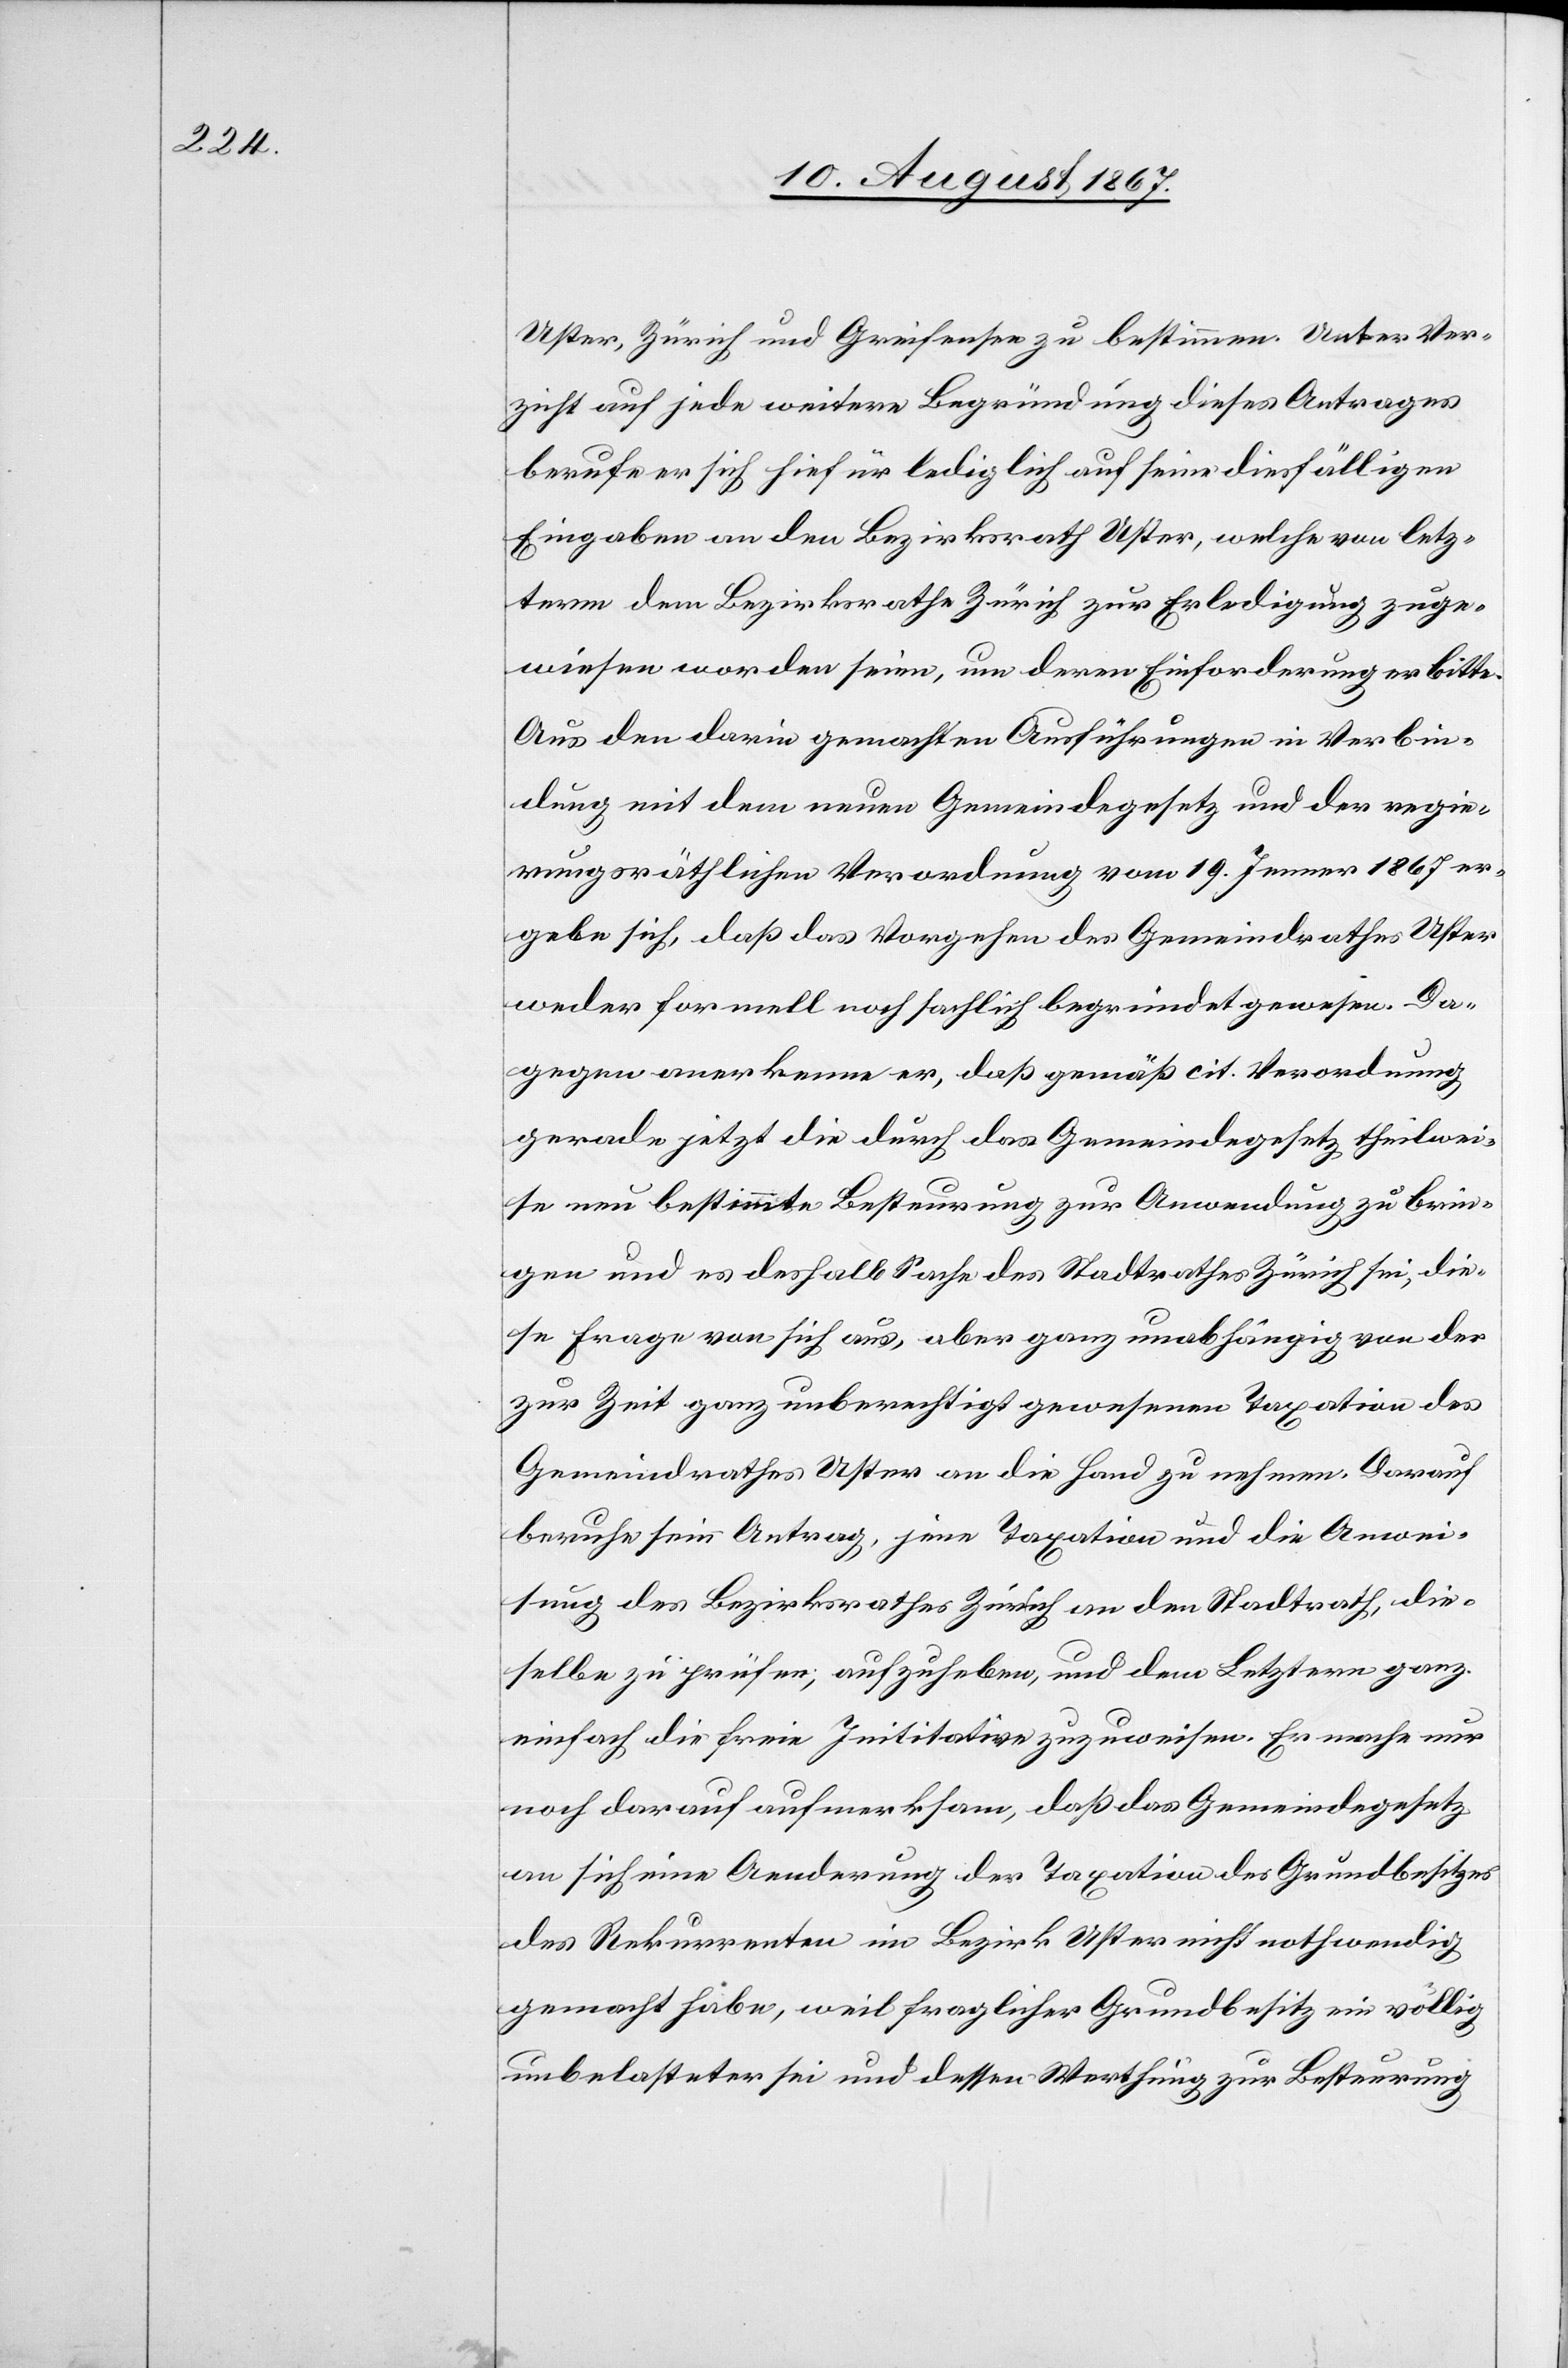
Uster, Zürich und Greifensee zu bestimmen. Unter Ver¬
zicht auf jede weitere Begründung dieses Antrages
berufe er sich hiefür lediglich auf seine diesfälligen
Eingaben an den Bezirksrath Uster, welche von letz¬
term dem Bezirksrathe Zürich zur Erledigung zuge¬
wiesen worden seien, um deren Einforderung er bitte.
Aus den darin gemachten Ausführungen in Verbin¬
dung mit dem neuen Gemeindegesetz und der regie¬
rungsräthlichen Verordnung vom 19. Jenner 1867 er¬
gebe sich, daß das Vorgehen des Gemeindrathes Uster
weder formell noch sachlich begründet gewesen. Da¬
gegen anerkenne er, daß gemäß cit. Verordnung
gerade jetzt die durch das Gemeindegesetz theilwei¬
se neu bestimmte Besteurung zur Anwendung zu brin¬
gen und es deshalb Sache des Stadtrathes sei, die¬
se Frage von sich aus, aber ganz unabhängig von der
zur Zeit ganz unberechtigt gewesenen Taxation des
Gemeindrathes Uster an die Hand zu nehmen. Darauf
beruhe sein Antrag, jene Taxation und die Anwei¬
sung des Bezirksrathes Zürich an den Stadtrath, die¬
selbe zu prüfen, aufzuheben, und dem Letztern ganz
einfach die freie Initiative zuzuweisen. Er mache nur
noch darauf aufmerksam, daß das Gemeindegesetz
an sich eine Aenderung der Taxation des Grundbesitzes
des Rekurrenten im Bezirk Uster nicht nothwendig
gemacht habe, weil fraglicher Grundbesitz ein völlig
unbelasteter sei und dessen Werthung zur Besteurung